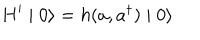
LaTeX: H ^ { \prime } \mid 0 \rangle = h ( a , a ^ { \dagger } ) \mid 0 \rangle